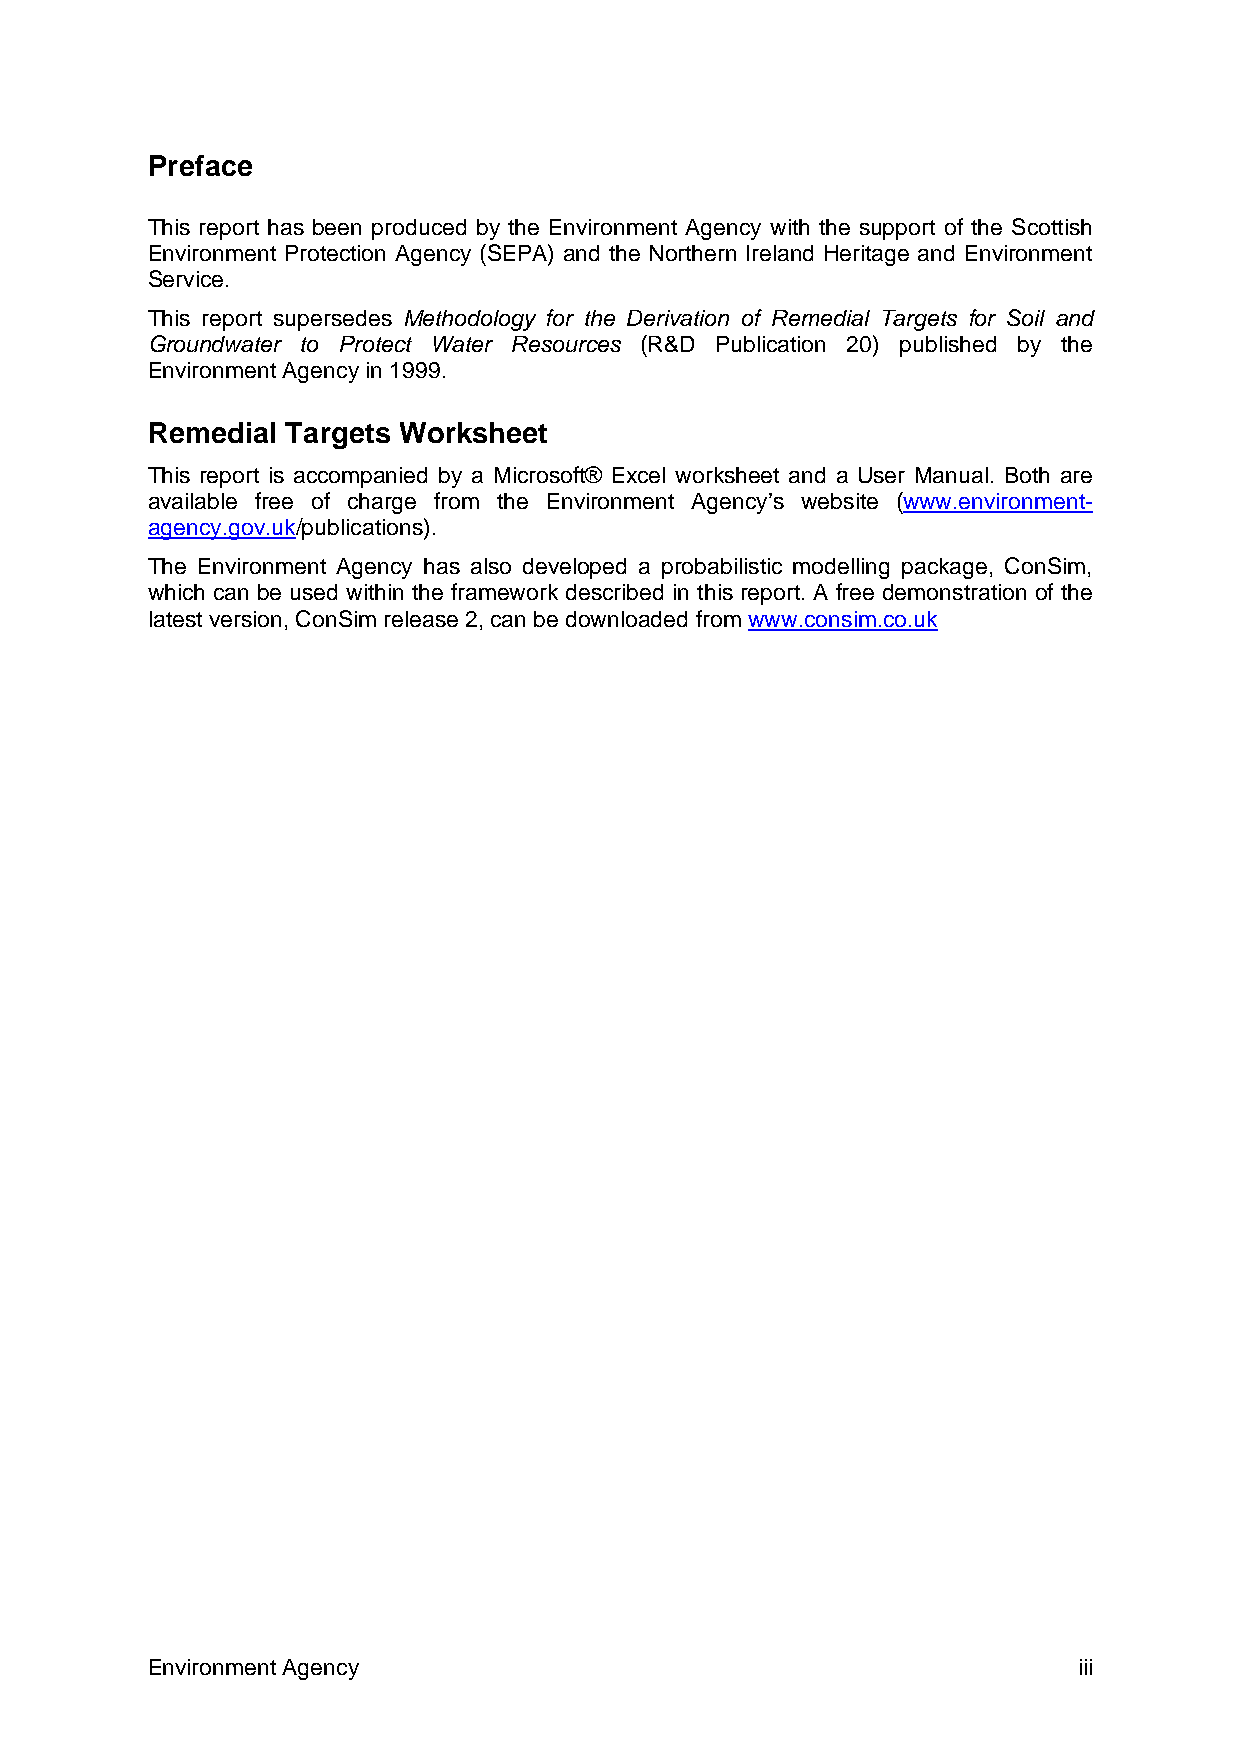
Preface
 This report has been produced by the Environment Agency with the support of the Scottish
 Environment Protection Agency (SEPA) and the Northern Ireland Heritage and Environment
 Service.
 This report supersedes Methodology for the Derivation of Remedial Targets for Soil and
 Groundwater to Protect Water Resources (R&D Publication 20) published by the
 Environment Agency in 1999.
 Remedial Targets Worksheet
 This report is accompanied by a Microsoft® Excel worksheet and a User Manual. Both are
 available free of charge from the Environment Agency’s website (www.environment-
 agency.gov.uk/publications).
 The Environment Agency has also developed a probabilistic modelling package, ConSim,
 which can be used within the framework described in this report. A free demonstration of the
 latest version, ConSim release 2, can be downloaded from www.consim.co.uk
 Environment Agency                                           iii